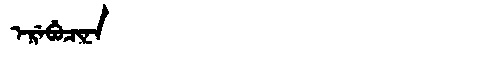
Manchu: ᡝᡵᡝᠪᡠᠴᡳᠨᠠ
Romanization: EREBUCINA